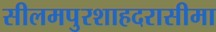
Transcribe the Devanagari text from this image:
सीलमपुरशाहदरासीमा